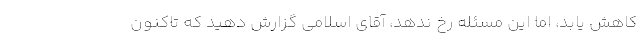
کاهش یابد، اما این مسئله رخ ندهد، آقای اسلامی گزارش دهید که تاکنون